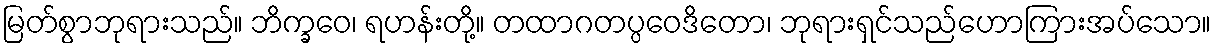
မြတ်စွာဘုရားသည်။ ဘိက္ခဝေ၊ ရဟန်းတို့။ တထာဂတပ္ပဝေဒိတော၊ ဘုရားရှင်သည်ဟောကြားအပ်သော။